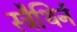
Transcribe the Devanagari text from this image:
स्ट्रैथिर्न